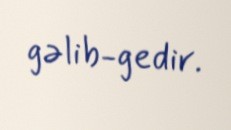
gəlib-gedir.